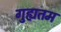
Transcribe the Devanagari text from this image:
गुह्यतम